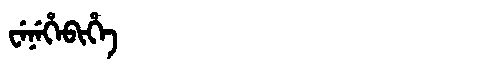
Manchu: ᠸᡝᠨᡝᡥᡝᠪᡳᡥᡝ
Romanization: WENEHEBIHE